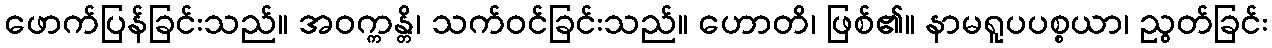
ဖောက်ပြန်ခြင်းသည်။ အဝက္ကန္တိ၊ သက်ဝင်ခြင်းသည်။ ဟောတိ၊ ဖြစ်၏။ နာမရူပပစ္စယာ၊ ညွတ်ခြင်း